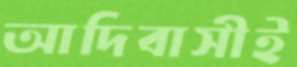
আদিবাসীই